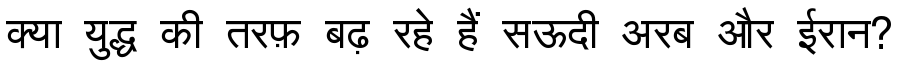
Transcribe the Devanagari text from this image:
क्या युद्ध की तरफ़ बढ़ रहे हैं सऊदी अरब और ईरान?